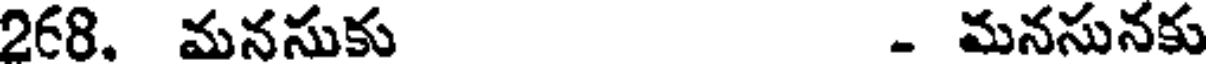
268. మనసుకు - మనసునకు